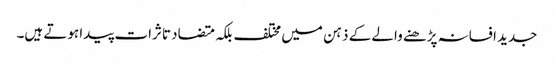
جدید افسانہ پڑھنے والے کے ذہن میں مختلف بلکہ متضاد تاثرات پیدا ہوتے ہیں۔